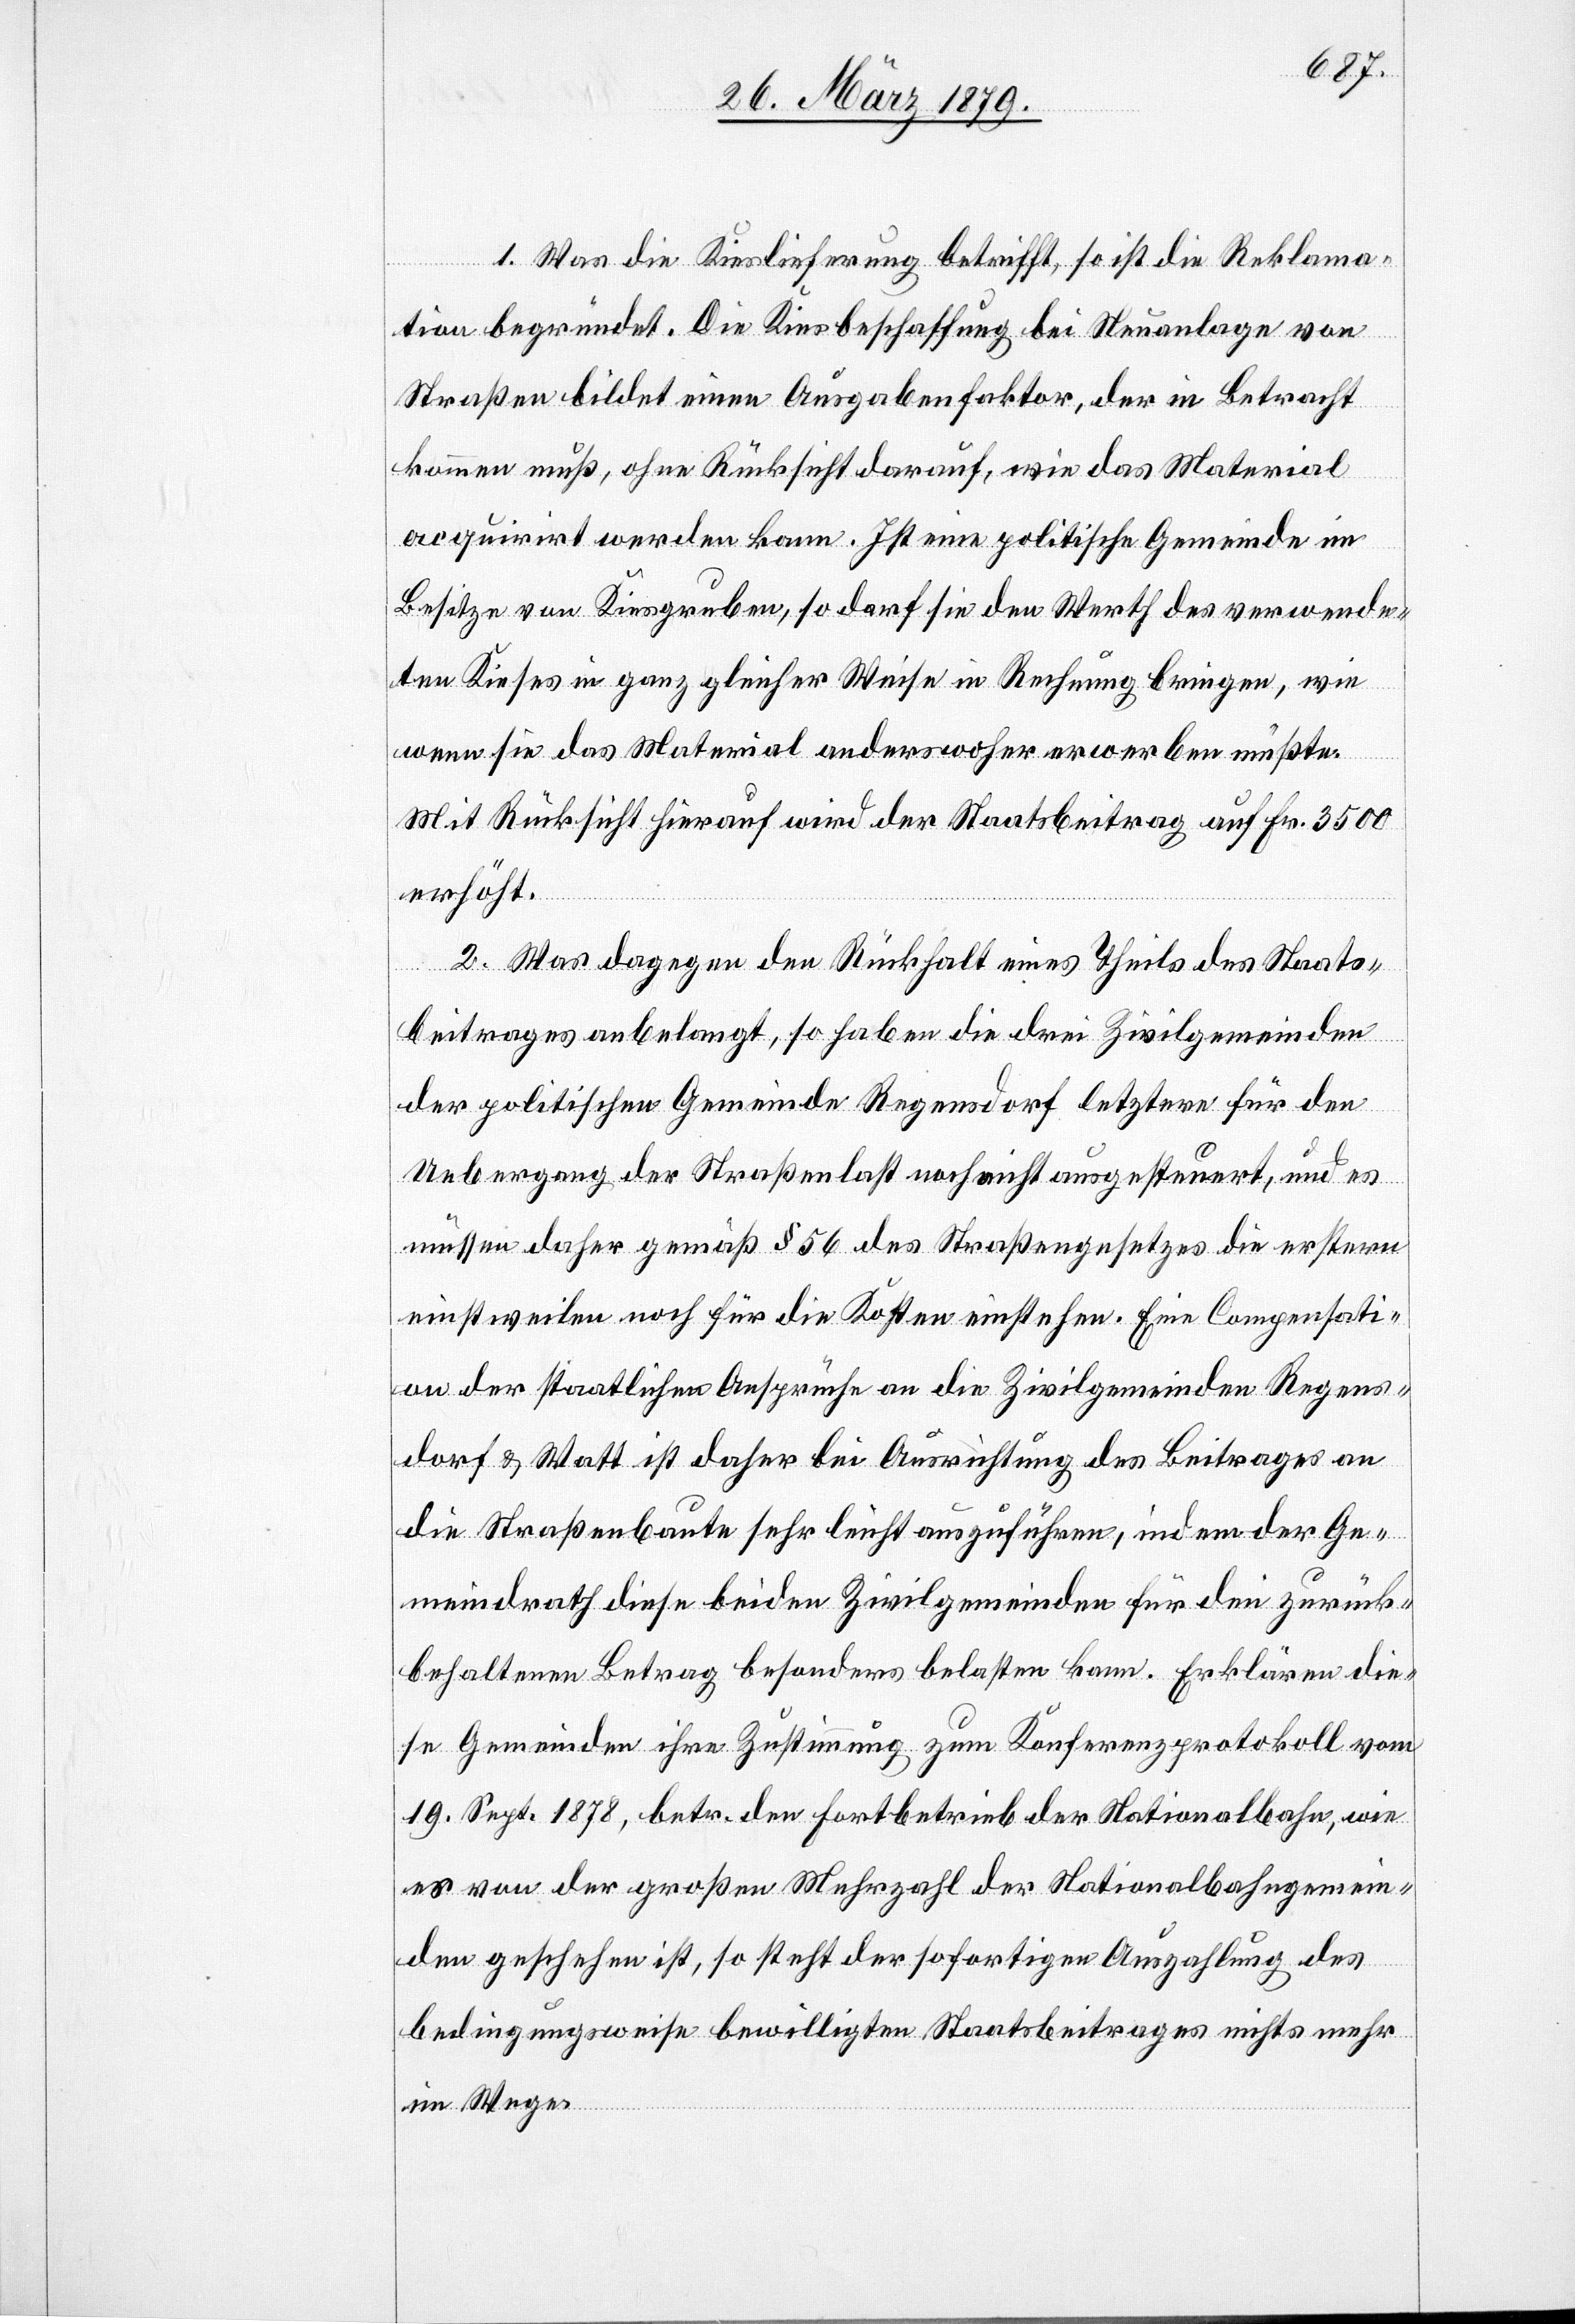
1. Was die Kieslieferung betrifft, so ist die Reklama¬
tion begründet. Die Kiesbeschaffung bei Neuanlage von
Straßen bildet einen Ausgabenfaktor, der in Betracht
kommen muß, ohne Rücksicht darauf, wie das Material
acquirirt werden kann. Ist eine politische Gemeinde im
Besitze von Kiesgruben so darf sie den Werth des verwende¬
ten Kieses in ganz gleicher Weise in Rechnung bringen, wie
wenn sie das Material anderswoher erwerben müßte.
Mit Rücksicht darauf wird der Staatsbeitrag auf Fr. 3500
erhöht.
2. Was dagegen den Rückhalt eines Theils des Staats¬
beitrages anbelangt, so haben die drei Zivilgemeinden
der politischen Gemeinde Regensdorf letztere für den
Uebergang der Straßenlast noch nicht ausgesteuert, und es
müssen daher gemäß § 56 des Straßengesetzes die erstern
einstweilen noch für die Kosten einstehen. Eine Compensati¬
on der staatlichen Ansprüche an die Zivilgemeinden Regens¬
dorf & Watt ist daher bei Ausrichtung des Beitrages an
die Straßenbaute sehr leicht auszuführen, indem der Ge¬
meindrath diese beiden Zivilgemeinden für den zurück¬
behaltenen Betrag besonders belasten kann. Erklären die¬
se Gemeinden ihre Zustimmung zum Konferenzprotokoll vom
19. Sept. 1878, betr. den Fortbetrieb der Nationalbahn, wie
es von der großen Mehrzahl der Nationalbahngemein¬
den geschehen ist, so steht der sofortigen Auszahlung des
bedingungsweise bewilligten Staatsbeitrages nichts mehr
im Wege.